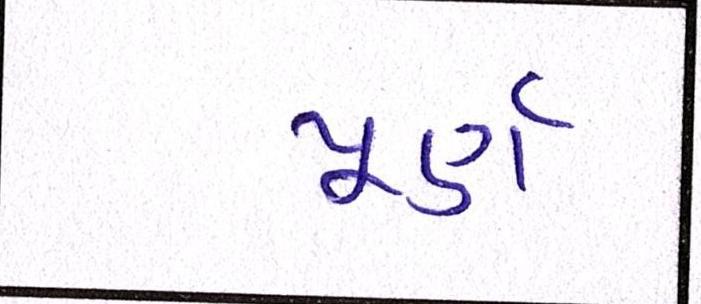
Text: પૂર્ણ